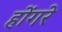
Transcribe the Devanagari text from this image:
होंगरे